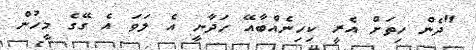
"ދެން ހިތަށް އެރީ ކިހިނެއްބާއޭ ހަދާނީ އެ ލަވަ އެ ގޭގެ މީހުން